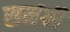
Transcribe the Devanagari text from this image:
समंग्री